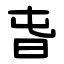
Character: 旾